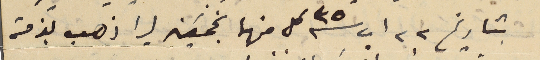
بتاريخ ٢٢ اب سنة ٣٥ كل منها بخمَسَين ليرا ذهب بذمته